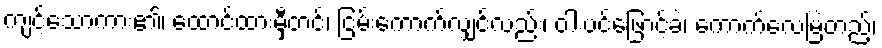
ကျင့်သောကား၏၊ ထောင်ထားမှီတင်၊ ငြမ်းကောက်လျှင်လည်း၊ ဝါးပင်ဖြောင့်ခဲ၊ ကောက်လေမြဲတည့်၊